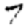
Digit: 7